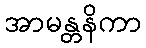
အာမန္တနိကာ